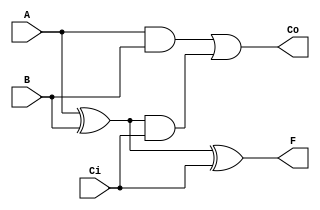
`timescale 1ns / 1ps
//////////////////////////////////////////////////////////////////////////////////
// Company: 
// Engineer: 
// 
// Design Name: 
// Module Name:    Adder_one 
// Project Name: 
// Target Devices: 
// Tool versions: 
// Description: 
//
// Dependencies: 
//
// Revision: 
// Revision 0.01 - File Created
// Additional Comments: 
//
//////////////////////////////////////////////////////////////////////////////////
module Adder_one(A,B,Ci,F,Co);
input A,B,Ci;
output F,Co;
wire A,B,Ci,F,Co;
wire S1,S2,S3;
xor XU1(F,A,B,Ci),
    XU2(S1,A,B);
and AU1(S2,A,B),
    AU2(S3,S1,Ci);
or  OU1(Co,S2,S3);
endmodule